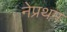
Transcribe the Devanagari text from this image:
नेप्रथम